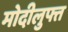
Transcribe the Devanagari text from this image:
मोदीलुफ्त